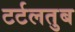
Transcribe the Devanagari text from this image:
टर्टलतुब